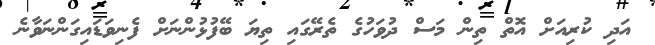
އަދި ކުރިއަށް އޮތް ތިން މަސް ދުވަހުގެ ތެރޭގައި ތިޔަ ބޭފުޅުންނަށް ފެނިވަޑައިގަންނަވާނެ